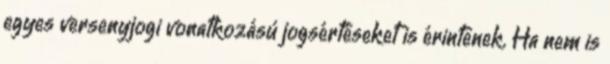
egyes versenyjogi vonatkozású jogsértéseket is érintenek. Ha nem is